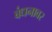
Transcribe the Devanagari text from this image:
बंधनावर